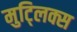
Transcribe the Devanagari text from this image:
मुट्लिक्स